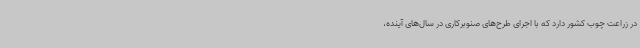
در زراعت چوب کشور دارد که با اجرای طرح‌های صنوبرکاری در سال‌های آینده،